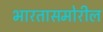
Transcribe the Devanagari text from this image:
भारतासमोरील